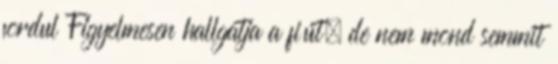
fordul Figyelmesen hallgatja a fiút, de nem mond semmit